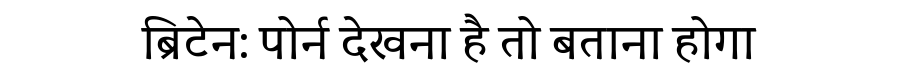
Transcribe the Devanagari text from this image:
ब्रिटेन: पोर्न देखना है तो बताना होगा